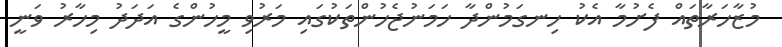
މުޒާހަރާތައް ފެށުމާ އެކު ހިނގަމުންދާ ހަމަނުޖެހުންތަކުގައި މަރުވި މީހުންގެ އަދަދު މިހާރު ވަނީ